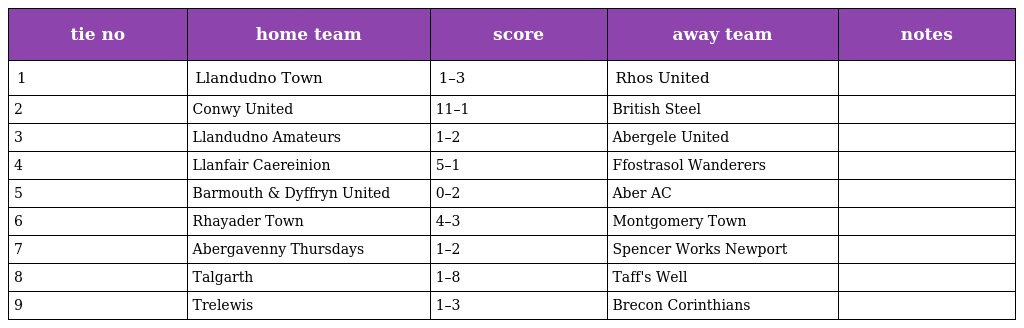
| tie no | home team | score | away team | notes |
 | --- | --- | --- | --- | --- |
 | 1 | Llandudno Town | 1–3 | Rhos United |  |
 | 2 | Conwy United | 11–1 | British Steel |  |
 | 3 | Llandudno Amateurs | 1–2 | Abergele United |  |
 | 4 | Llanfair Caereinion | 5–1 | Ffostrasol Wanderers |  |
 | 5 | Barmouth & Dyffryn United | 0–2 | Aber AC |  |
 | 6 | Rhayader Town | 4–3 | Montgomery Town |  |
 | 7 | Abergavenny Thursdays | 1–2 | Spencer Works Newport |  |
 | 8 | Talgarth | 1–8 | Taff's Well |  |
 | 9 | Trelewis | 1–3 | Brecon Corinthians |  |